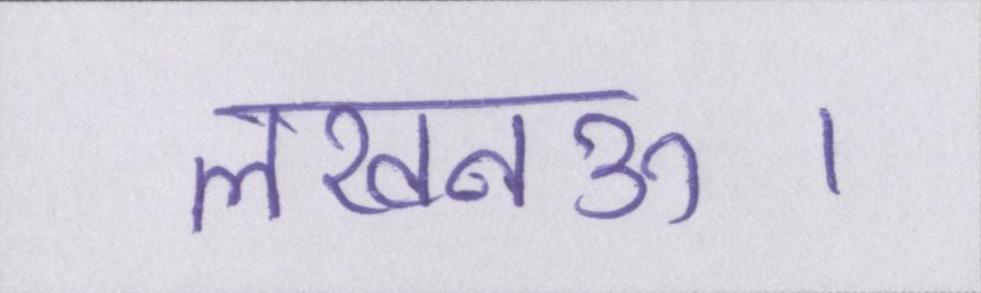
लखनऊ।